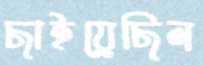
ছাইয়েছিল